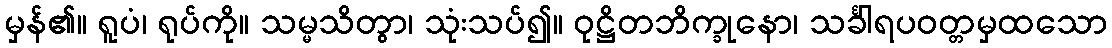
မှန်၏။ ရူပံ၊ ရုပ်ကို။ သမ္မသိတွာ၊ သုံးသပ်၍။ ဝုဋ္ဌိတဘိက္ခုနော၊ သင်္ခါရပဝတ္တမှထသော